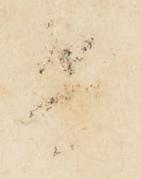
兵